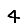
Digit: 4